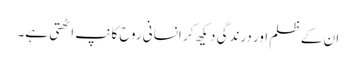
ان کے ظلم اور درندگی دیکھ کر انسانی روح کانپ اٹھتی ہے۔